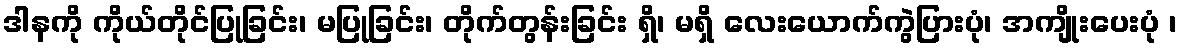
ဒါနကို ကိုယ်တိုင်ပြုခြင်း၊ မပြုခြင်း၊ တိုက်တွန်းခြင်း ရှိ၊ မရှိ လေးယောက်ကွဲပြားပုံ၊ အကျိုးပေးပုံ ၊